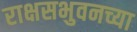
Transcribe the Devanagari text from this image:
राक्षसभुवनच्या